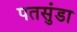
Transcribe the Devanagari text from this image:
पतसुंडा